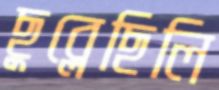
ছুব্‌লেছিলি